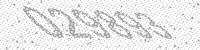
Solution: 029893